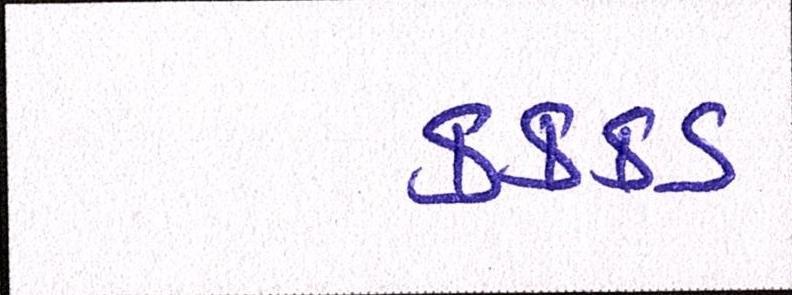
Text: કક્કડ